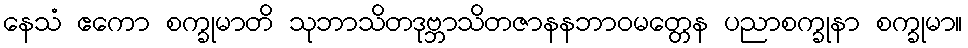
နေသံ ဧကော စက္ခုမာတိ သုဘာသိတဒုဗ္ဘာသိတဇာနနဘာဝမတ္တေန ပညာစက္ခုနာ စက္ခုမာ။